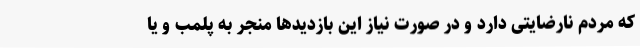
که مردم نارضایتی دارد و در صورت نیاز این بازدیدها منجر به پلمب و یا